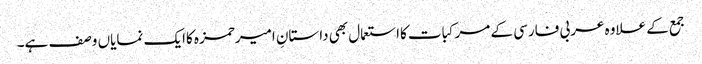
جمع کے علاوہ عربی فارسی کے مرکبات کااستعمال بھی داستانِ امیرحمزہ کاایک نمایاں وصف ہے۔